Statistics compiled by the Government of India from the reports of provincial Civil Veterinary Departments
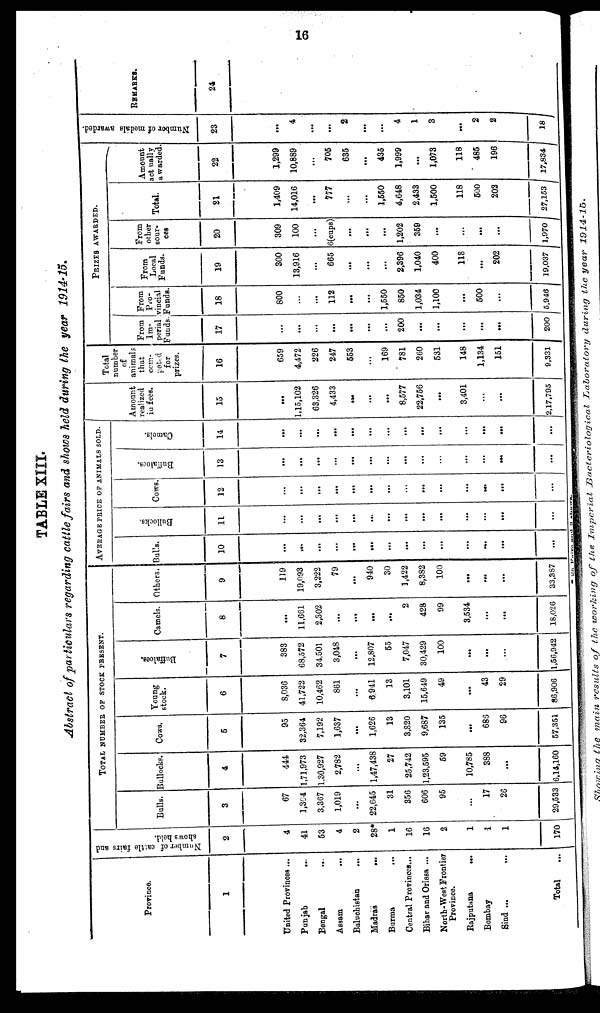
16
TABLE XIII.
Abstract of particulars regarding cattle fairs and shows held during the year 1914-15.
Province.
1
United Provinces ...
Punjab
...
Bengal
...
Assam ...
Baluchistan
...
Madras
...
Burma
...
Central Provinces...
Bihar and Orissa ...
North-West Frontier
Province.
Rajputana
...
Bombay
Sind ...
Total ...
Number of cattle
fairs and
shows hold.
2
4
41
53
4
2
28*
1
16
16
2
1
1
1
170
TOTAL NUMBER OF STOCK PRESENT.
Bulls.
3
67
1,304
3,367
1,019
...
22,645
31
356
606
95
...
17
26
29,533
Bullocks.
4
444
1,71,973
1,30,927
2,782
...
1,47,438
27
25,742
1,23,595
59
10,785
388
...
6,14,160
Cows.
5
95
32,364
7,192
1,637
...
1,626
13
3,820
9,687
135
...
686
96
57,351
Young
stock.
6
8,036
41,722
10,462
861
...
6.941
13
3,101
15,649
49
...
43
29
86,906
Buffaloes.
7
383
68,572
34,501
3,048
...
12,807
55
7,047
30,429
100
...
...
...
1,56,942
Camels.
8
...
11,661
2,302
...
...
...
...
2
428
99
3,534
...
...
18,026
Others.
9
119
19,093
3,222
79
...
940
30
1,422
8,382
100
...
...
...
33,387
AVERAGE PRICE OF ANIMALS SOLD
Bulls.
10
...
...
...
...
...
...
...
...
...
...
...
...
...
...
Bullocks,
11
...
...
...
...
...
...
...
...
...
...
...
...
...
...
Cows.
12
...
...
...
...
...
...
...
...
...
...
...
...
...
...
Buffaloes.
13
...
...
...
...
...
...
...
...
...
...
...
...
...
Camel s .
14
...
...
...
...
...
...
...
...
...
...
...
...
...
Amount
realized
in fees.
15
...
1,15,102
63,326
4,433
...
...
...
8,577
22,756
...
3,401
...
...
2,17,795
Total
number
of
animals
that
com-
petd
for
prizes.
16
659
4,472
226
247
553
...
169
781
260
531
148
1,134
151
9,331
PRIZES AWARDED.
Prom
Im-
perial
Funds.
17
...
...
...
...
...
...
...
200
...
...
...
...
...
200
From
Pro-
vincial
Funds.
18
800
...
...
112
...
...
1,550
850
1,034
1,100
...
500
...
5,946
From
Local
Funds.
19
300
13,916
...
665
...
...
...
2,396
1,040
400
118
...
202
19,037
From
other
sour-
ces
20
309
100
...
6(cups)
...
...
...
1,202
359
...
...
...
...
1,970
Total.
21
1,409
14,016
...
777
...
...
1,550
4,648
2,433
1,500
118
500
202
27,153
Amount
act ually
a warded.
22
1,299
10,889
...
705
635
...
435
1,999
...
1,073
118
485
196
17,834
Number
of medals awarded.
23
...
4
...
...
2
...
...
4
1
3
...
2
2
18
REMARKS.
24